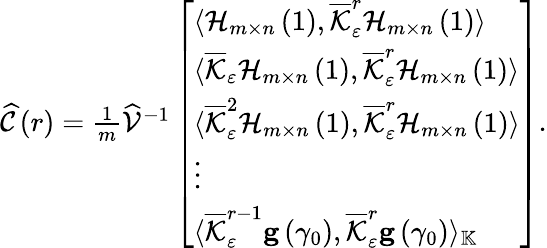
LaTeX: \begin{array}{r}{\widehat{\mathcal{C}}\left(r\right)=\frac{1}{m}\widehat{\mathcal{V}}^{-1}\left[\begin{array}{l}{\langle\mathcal{H}_{m\times n}\left(1\right),\overline{{\mathcal{K}}}_{\varepsilon}^{r}\mathcal{H}_{m\times n}\left(1\right)\rangle}\\ {\langle\overline{{\mathcal{K}}}_{\varepsilon}\mathcal{H}_{m\times n}\left(1\right),\overline{{\mathcal{K}}}_{\varepsilon}^{r}\mathcal{H}_{m\times n}\left(1\right)\rangle}\\ {\langle\overline{{\mathcal{K}}}_{\varepsilon}^{2}\mathcal{H}_{m\times n}\left(1\right),\overline{{\mathcal{K}}}_{\varepsilon}^{r}\mathcal{H}_{m\times n}\left(1\right)\rangle}\\ {\vdots}\\ {\langle\overline{{\mathcal{K}}}_{\varepsilon}^{r-1}\mathbf{g}\left(\gamma_{0}\right),\overline{{\mathcal{K}}}_{\varepsilon}^{r}\mathbf{g}\left(\gamma_{0}\right)\rangle_{\mathbb{K}}}\end{array}\right].}\end{array}